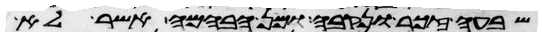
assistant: שבעה זכר ונקבה ומן הבהמה אשר לא